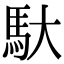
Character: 馱